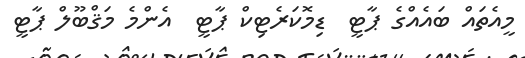
މީއެތައް ބައެއްގެ ޕާޓީ  ޑިމޮކަރެޓިކް ޕާޓީ  އެންމެ މަޤްބޫލް ޕާޓީ